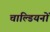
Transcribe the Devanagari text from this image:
चाल्डियनों